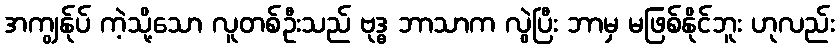
အကျွန်ုပ် ကဲ့သို့သော လူတစ်ဦးသည် ဗုဒ္ဓ ဘာသာက လွဲပြီး ဘာမှ မဖြစ်နိုင်ဘူး ဟုလည်း